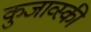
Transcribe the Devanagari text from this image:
कुजाव्स्की